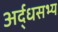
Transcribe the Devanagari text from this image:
अर्द्धसभ्य